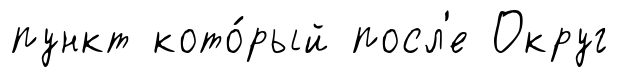
пункт кото́рый посл'е Округ